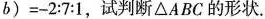
b ) = - 2 : 7 : 1$$，试判断△ABC的形状.